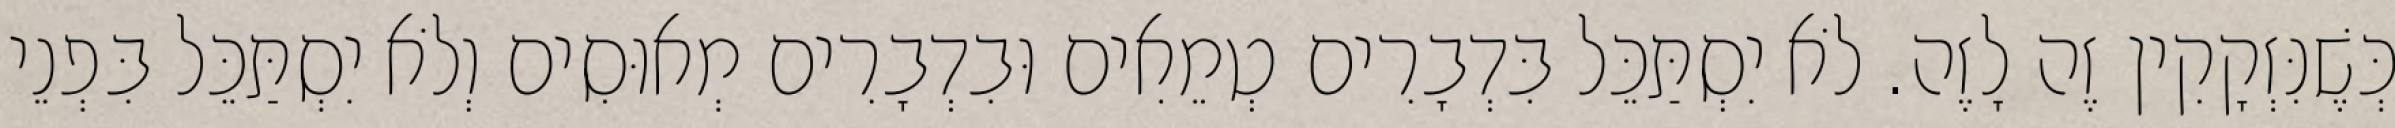
כְּשֶׁנִּזְקָקִין זֶה לָזֶה. לֹא יִסְתַּכֵּל בִּדְבָרִים טְמֵאִים וּבִדְבָרִים מְאוּסִים וְלֹא יִסְתַּכֵּל בִּפְנֵי